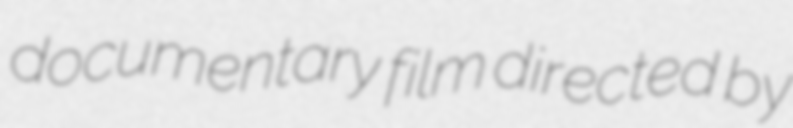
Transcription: documentary film directed by